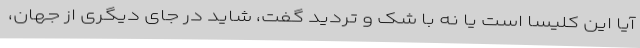
آیا این کلیسا است یا نه با شک و تردید گفت، شاید در جای دیگری از جهان،